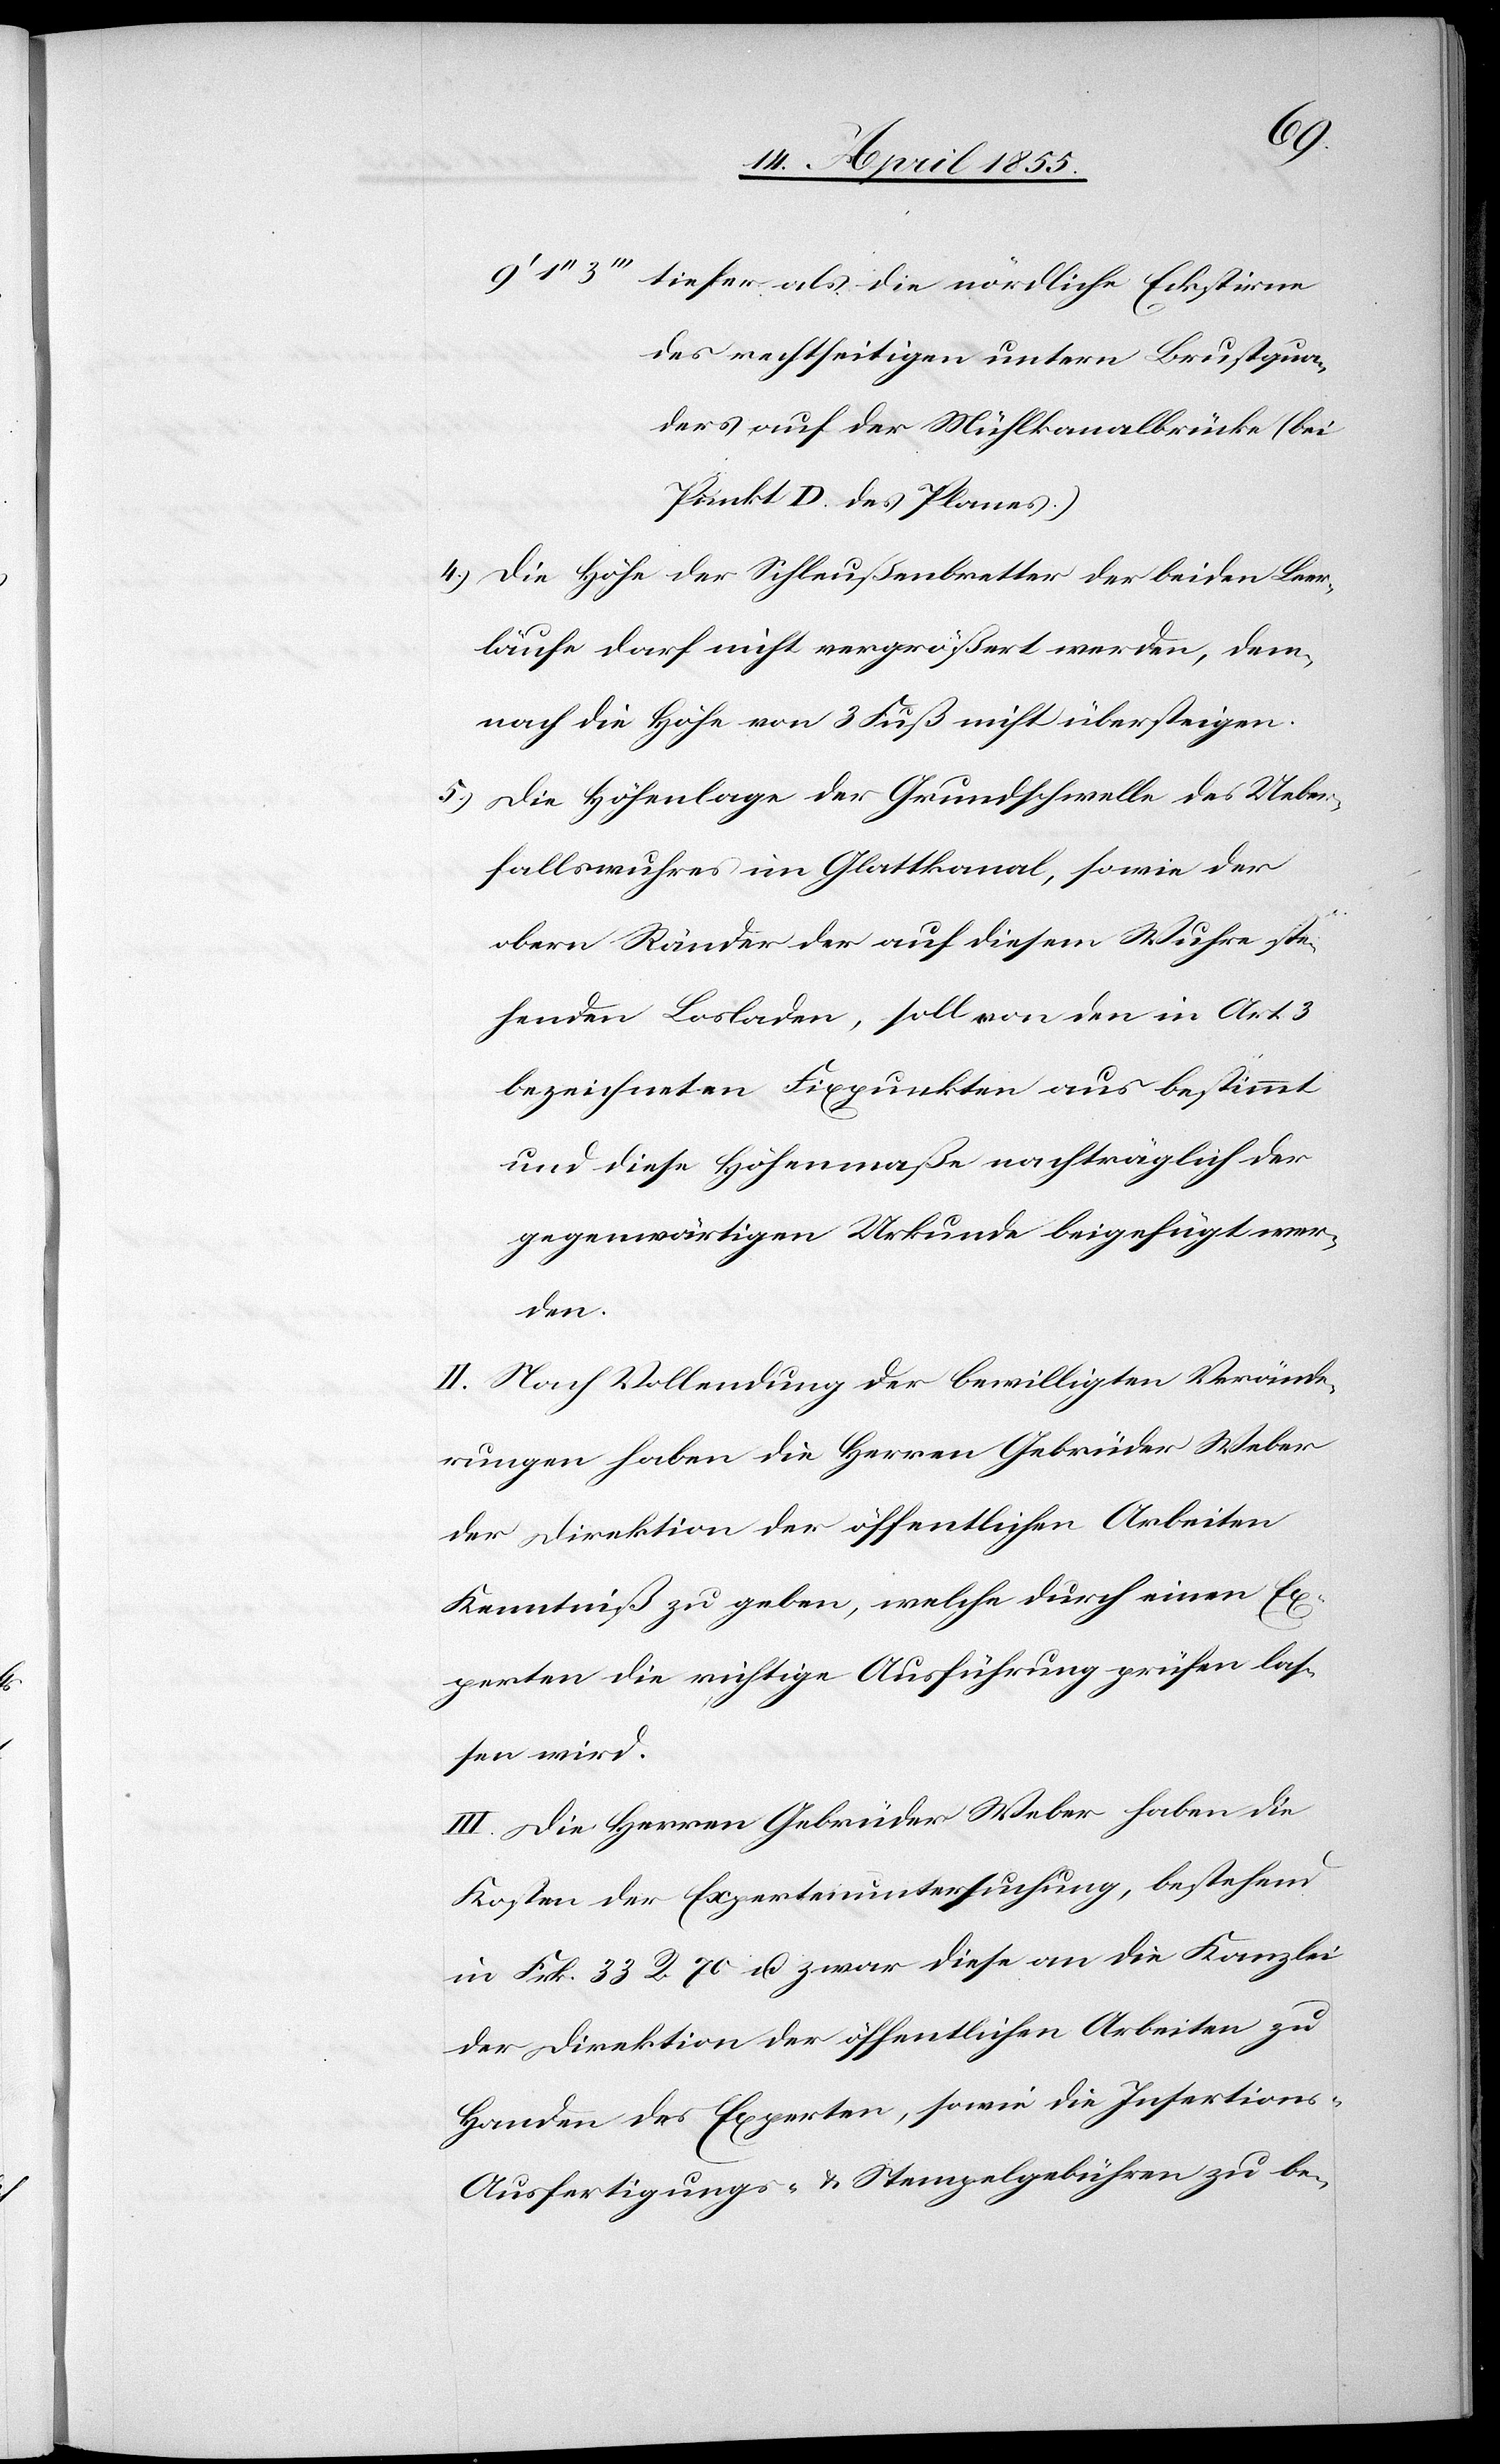
tiefer als die nördliche Eckstirne
des rechtseitigen untern Brustqua¬
ders auf der Mühlkanalbrücke (bei
Punkt D. des Planes.)
Die Höhe der Schleußenbretter der beiden Leer¬
läufe darf nicht vergrößert werden, dem¬
nach die Höhe von 3 Fuß nicht übersteigen.
Die Höhenlage der Grundschwelle des Ueber¬
5.)
fallswuhres im Glattkanal, sowie der
obern Ränder der auf diesem Wuhre ste¬
henden Losladen, soll von den in Art. 3
bezeichneten Fixpunkten aus bestimmt
und diese Höhenmaße nachträglich der
gegenwärtigen Urkunde beigefügt wer¬
den.
II. Nach Vollendung der bewilligten Verände¬
rungen haben die Herren Gebrüder Weber
der Direktion der öffentlichen Arbeiten
Kenntniß zu geben, welche durch einen Ex¬
perten die richtige Ausführung prüfen las¬
sen wird.
III. Die Herren Gebrüder Weber haben die
Kosten der Expertenuntersuchung, bestehend
in Frk. 33 R. 70 u. zwar diese an die Kanzlei
der Direktion der öffentlichen Arbeiten zu
Handen des Experten, sowie die Insertions-[,]
Ausfertigungs- & Stempelgebühren zu be-